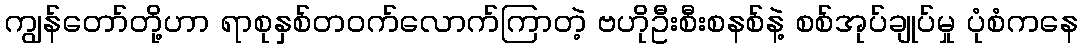
ကျွန်တော်တို့ဟာ ရာစုနှစ်တဝက်လောက်ကြာတဲ့ ဗဟိုဦးစီးစနစ်နဲ့ စစ်အုပ်ချုပ်မှု ပုံစံကနေ